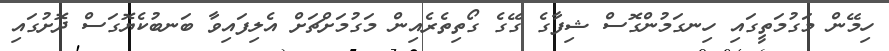
ހިމޭން މަގުމަތީގައި ހިނގަމުންގޮސް ޝިފާގެ ގޭގެ ގޯތިތެރެއިން މަގުމަށްޗަށް އެލިފައިވާ ބަނބުކެޔޮގަސް ދޮށުގައި